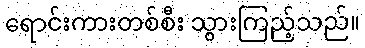
ရောင်းကားတစ်စီး သွားကြည့်သည်။